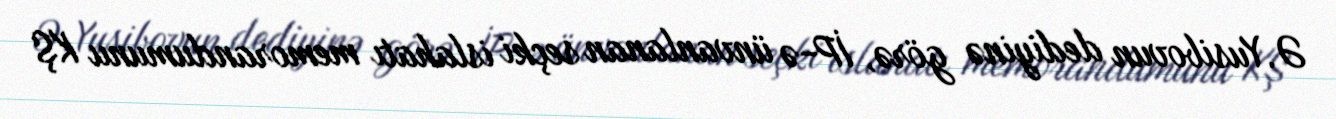
Ə.Yusibovun dediyinə görə, İP-ə ünvanlanan seçki islahatı memorandumunu KŞ